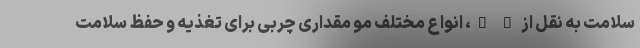
سلامت به نقل از " "، انواع مختلف مو مقداری چربی برای تغذیه و حفظ سلامت